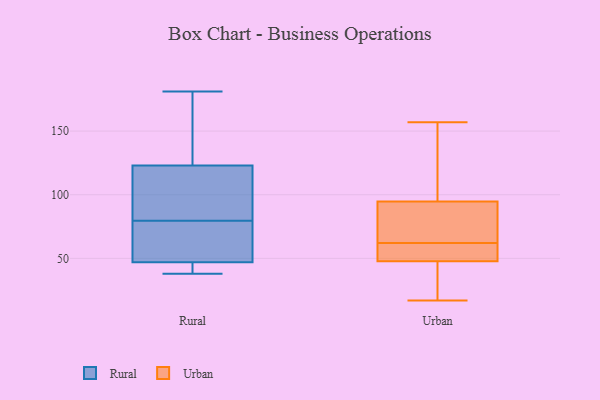
{"axis": {"x": "Inventory Turnover", "y": "Value"}, "legend": ["Rural", "Urban"], "data": [{"x": "", "y": 38, "type": "Rural"}, {"x": "", "y": 109, "type": "Rural"}, {"x": "", "y": 123, "type": "Rural"}, {"x": "", "y": 174, "type": "Rural"}, {"x": "", "y": 86, "type": "Rural"}, {"x": "", "y": 73, "type": "Rural"}, {"x": "", "y": 43, "type": "Rural"}, {"x": "", "y": 181, "type": "Rural"}, {"x": "", "y": 47, "type": "Rural"}, {"x": "", "y": 63, "type": "Rural"}, {"x": "", "y": 61, "type": "Urban"}, {"x": "", "y": 95, "type": "Urban"}, {"x": "", "y": 41, "type": "Urban"}, {"x": "", "y": 92, "type": "Urban"}, {"x": "", "y": 145, "type": "Urban"}, {"x": "", "y": 62, "type": "Urban"}, {"x": "", "y": 53, "type": "Urban"}, {"x": "", "y": 46, "type": "Urban"}, {"x": "", "y": 94, "type": "Urban"}, {"x": "", "y": 157, "type": "Urban"}, {"x": "", "y": 17, "type": "Urban"}]}